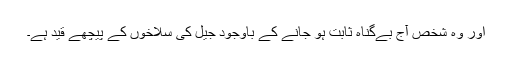
اور وہ شخص آج بےگناہ ثابت ہو جانے کے باوجود جیل کی سلاخوں کے پیچھے قید ہے۔